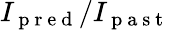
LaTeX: I_{\mathrm{~p~r~e~d~}}/I_{\mathrm{~p~a~s~t~}}